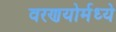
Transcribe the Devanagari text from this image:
वरणयोर्मध्ये